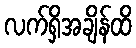
လက်ရှိအချိန်ထိ